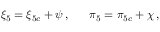
{ \xi } _ { 5 } = { \xi } _ { 5 c } + \psi \, , ~ ~ ~ ~ ~ { \pi } _ { 5 } = { \pi } _ { 5 c } + \chi \, ,